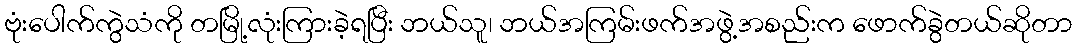
ဗုံးပေါက်ကွဲသံကို တမြို့လုံးကြားခဲ့ရပြီး ဘယ်သူ၊ ဘယ်အကြမ်းဖက်အဖွဲ့အစည်းက ဖောက်ခွဲတယ်ဆိုတာ